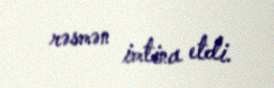
rəsmən imtina etdi.